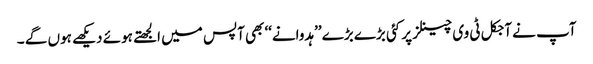
آپ نے آجکل ٹی وی چینلز پر کئی بڑے بڑے ’’ہدوانے‘‘ بھی آپس میں الجھتے ہوئے دیکھے ہوں گے ۔